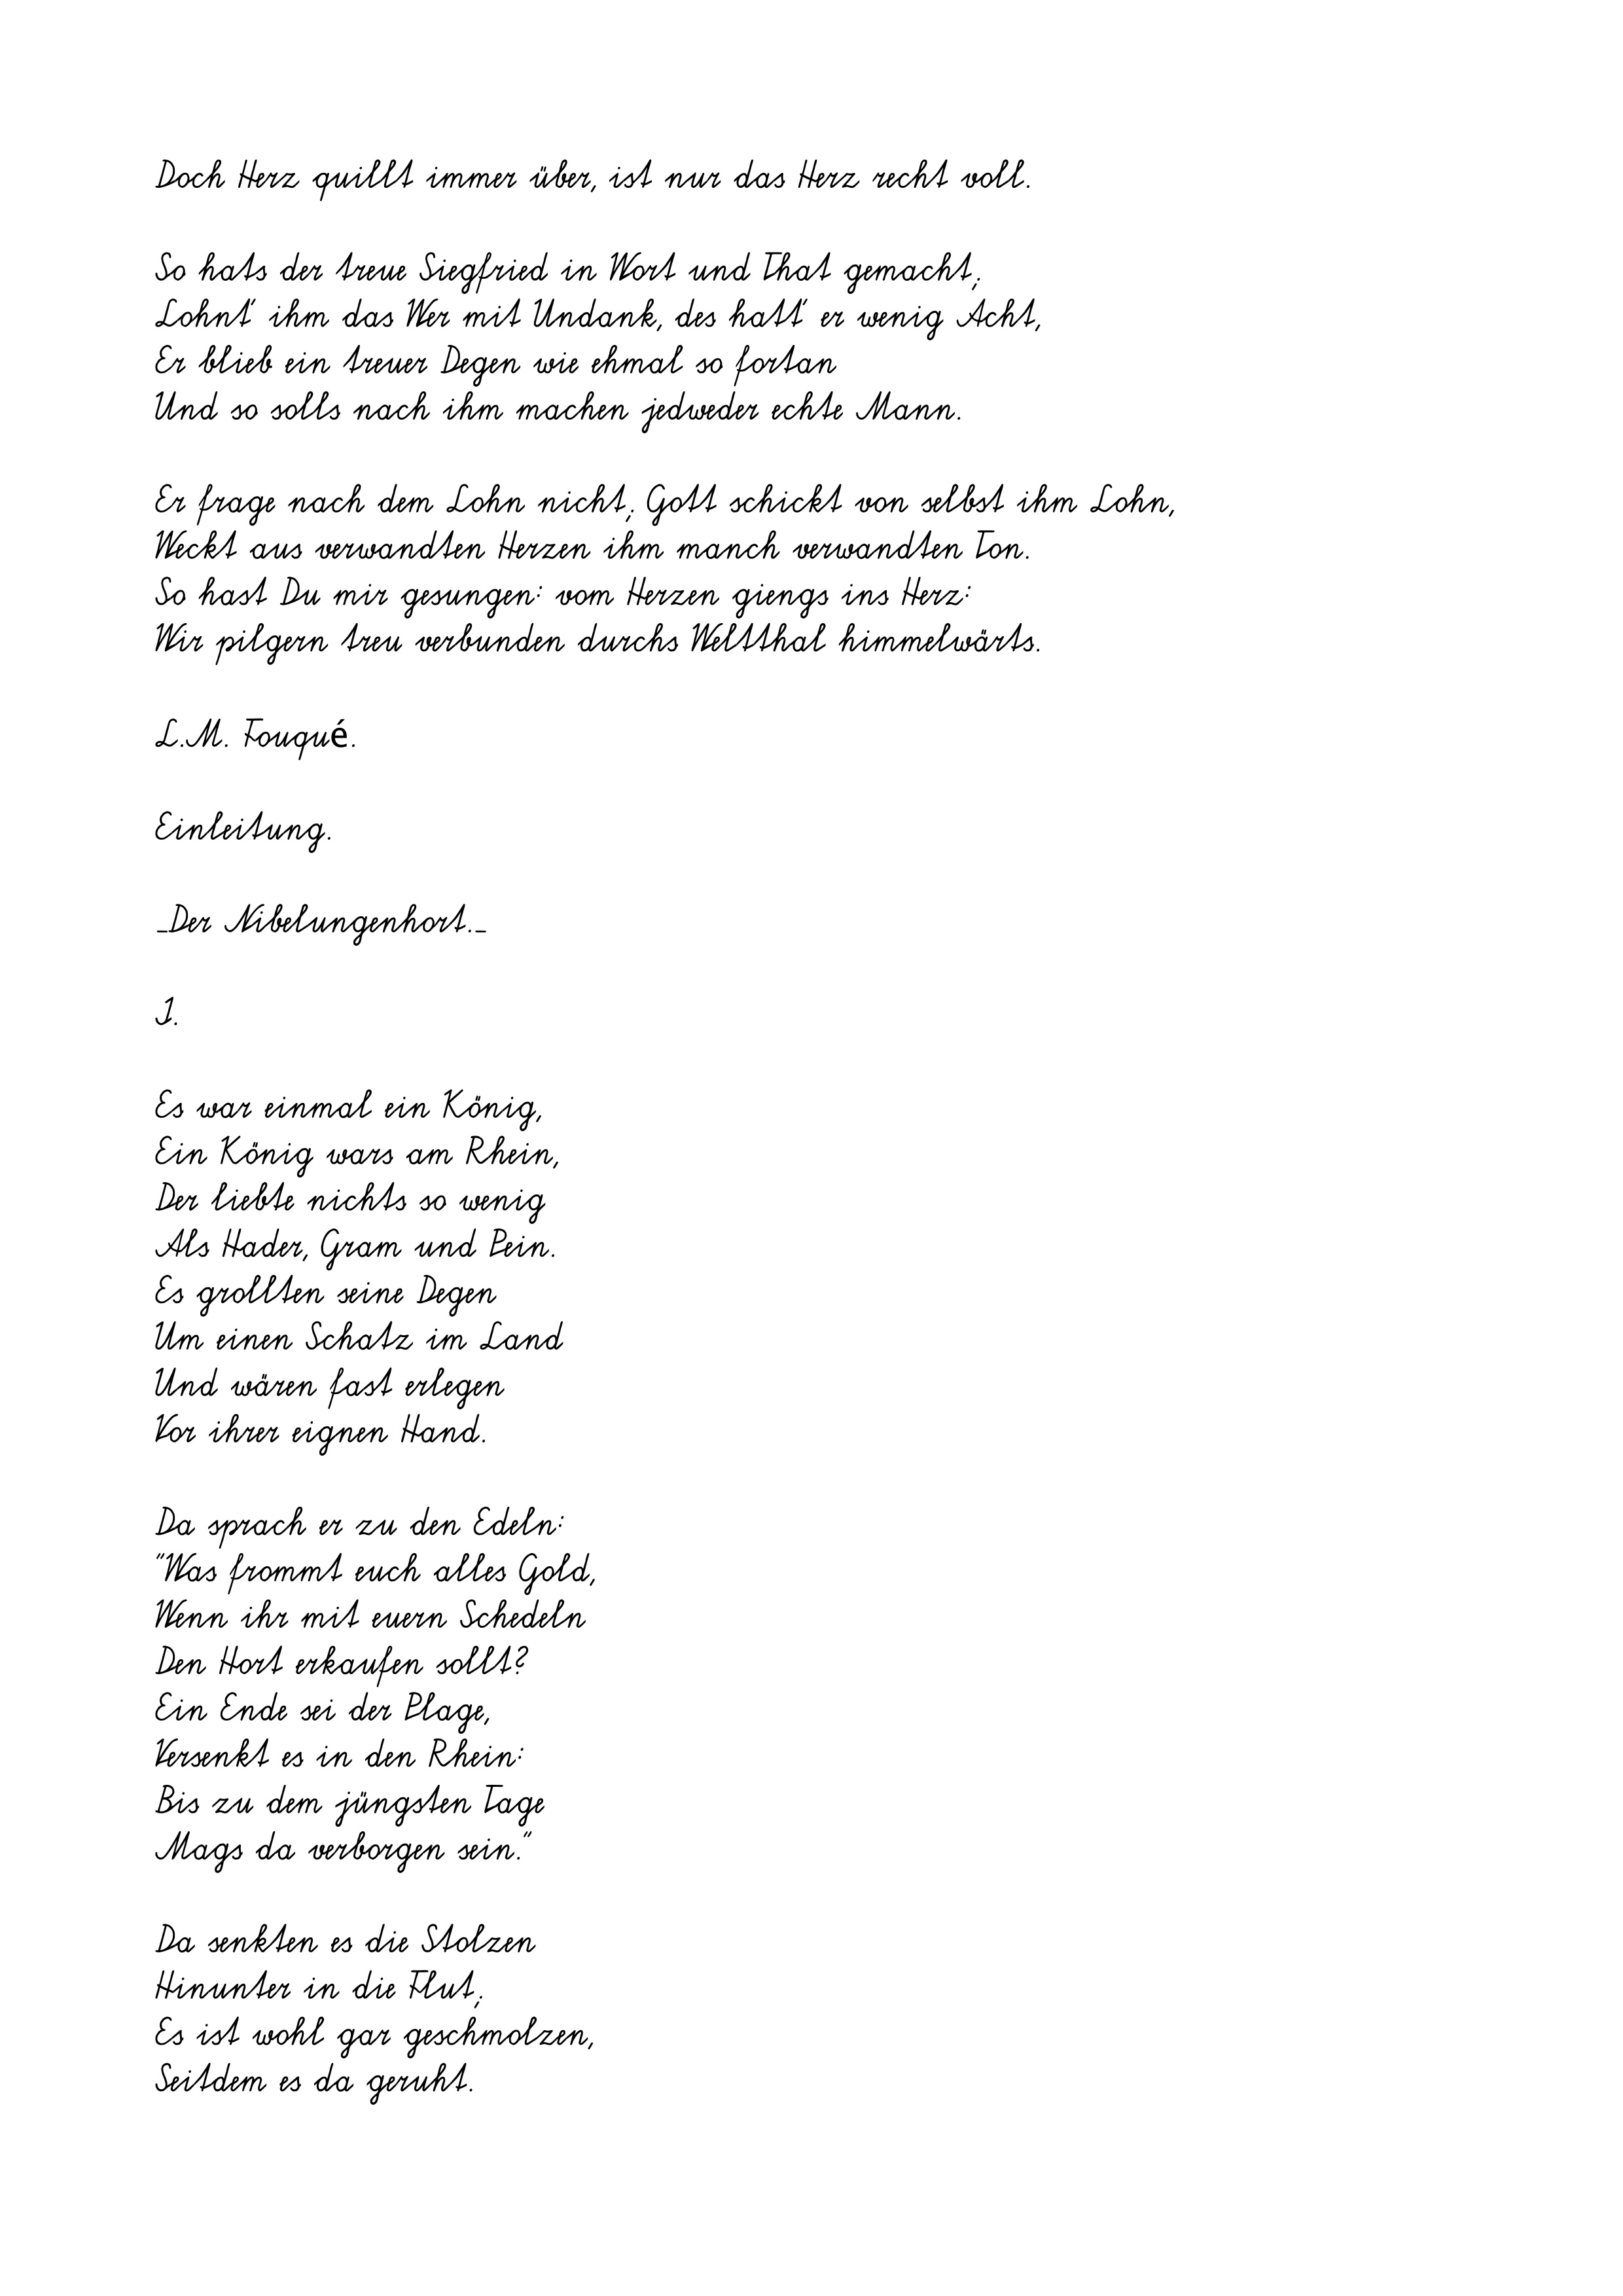
Doch Herz quillt immer über, ist nur das Herz recht voll.
So hats der treue Siegfried in Wort und That gemacht;
Lohnt' ihm das Wer mit Undank, des hatt' er wenig Acht,
Er blieb ein treuer Degen wie ehmal so fortan
Und so solls nach ihm machen jedweder echte Mann.
Er frage nach dem Lohn nicht; Gott schickt von selbst ihm Lohn,
Weckt aus verwandten Herzen ihm manch verwandten Ton.
So hast Du mir gesungen: vom Herzen giengs ins Herz:
Wir pilgern treu verbunden durchs Weltthal himmelwärts.
L.M. Fouqué.
Einleitung.
_Der Nibelungenhort._
I.
Es war einmal ein König,
Ein König wars am Rhein,
Der liebte nichts so wenig
Als Hader, Gram und Pein.
Es grollten seine Degen
Um einen Schatz im Land
Und wären fast erlegen
Vor ihrer eignen Hand.
Da sprach er zu den Edeln:
"Was frommt euch alles Gold,
Wenn ihr mit euern Schedeln
Den Hort erkaufen sollt?
Ein Ende sei der Plage,
Versenkt es in den Rhein:
Bis zu dem jüngsten Tage
Mags da verborgen sein."
Da senkten es die Stolzen
Hinunter in die Flut;
Es ist wohl gar geschmolzen,
Seitdem es da geruht.